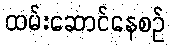
ထမ်းဆောင်နေစဉ်